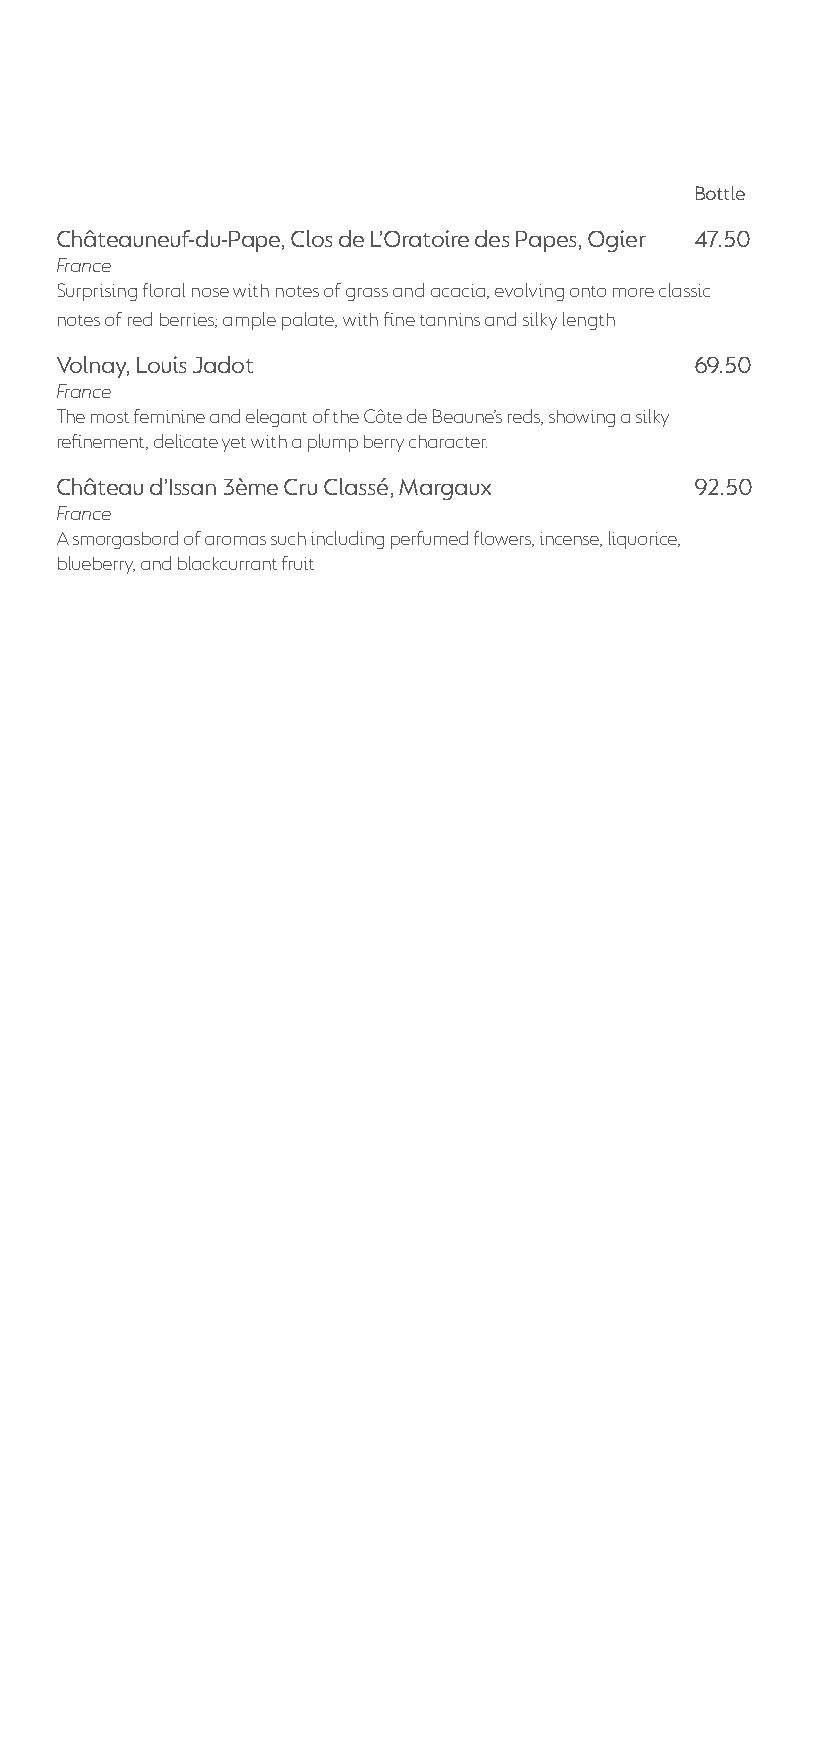
Bottle
 Châteauneuf-du-pape, Clos de L’oratoire des papes, ogier 47.50
 France
 Surprising floral nose with notes of grass and acacia, evolving onto more classic
 notes of red berries; ample palate, with fine tannins and silky length
 Volnay, Louis Jadot                       69.50
 France
 The most feminine and elegant of the Côte de Beaune’s reds, showing a silky
 refinement, delicate yet with a plump berry character.
 Château d’issan 3ème Cru Classé, margaux  92.50
 France
 A smorgasbord of aromas such including perfumed flowers, incense, liquorice,
 blueberry, and blackcurrant fruit
 Crypt Wine Booket_140x297.indd 7              05/09/2018 20:00